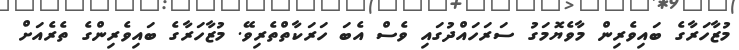
މުޒާހަރާގެ ބައިވެރިން މާވެޔޮމަގު ސަރަހައްދުގައި ވެސް އެބަ ހަރަކާތްތެރިވޭ. މުޒާހަރާގެ ބައިވެރިންގެ ތެރެއަށް